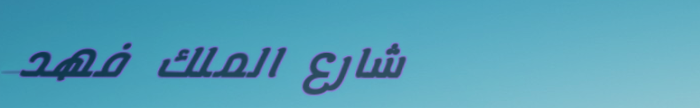
شارع الملك فهد